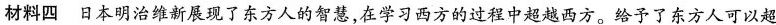
材料四 日本明治维新展现了东方人的智慧，在学习西方的过程中超越西方。给予了东方人可以超